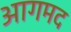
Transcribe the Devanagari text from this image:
आगमद